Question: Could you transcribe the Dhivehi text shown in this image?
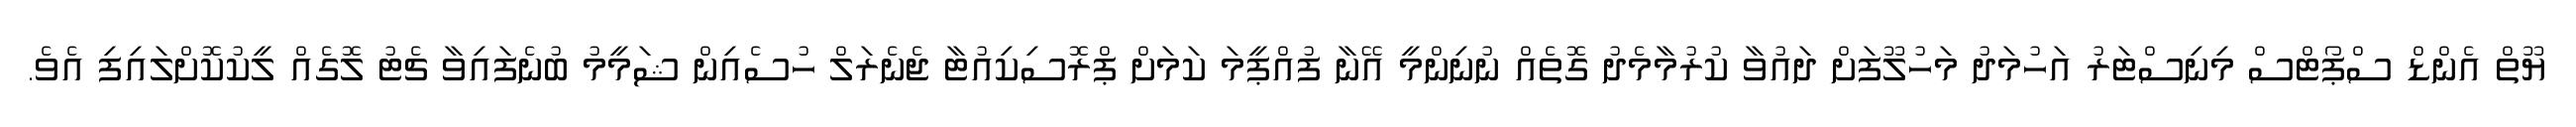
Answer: ޔޫތް އެންޑް ސްޕޯޓްސް މިނިސްޓަރު އަހުމަދު މަހުލޫފަށް ދައުވާ ކުރުމާމެދު ގޮތެއް ނުނިންމީ އޭނާ ފުއްޕީމަ ކަމަށް ޕްރޮސިކިއުޓާ ޖެނެރަލް ހުސެއިން ޝަމީމު ބުނެފައިވާ ޗެޓު ލޮގެއް ލީކުކޮށްލައިފި އެވެ.